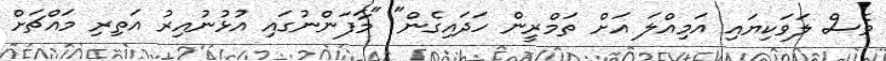
ވެސް ލަވަކިޔައި އަމިއްލަ އަށް ތަމްރީން ހަދައިގެން" "މާފަންނުގައި އުޅުނުއިރު އަތިރި މައްޗަށް